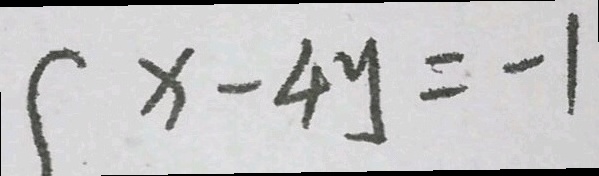
x - 4 y = - 1